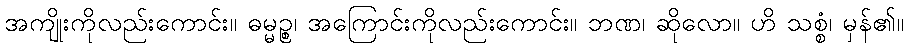
အကျိုးကိုလည်းကောင်း။ ဓမ္မဉ္စ၊ အကြောင်းကိုလည်းကောင်း။ ဘဏ၊ ဆိုလော။ ဟိ သစ္စံ၊ မှန်၏။